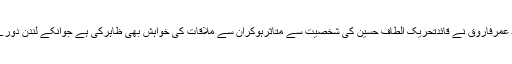
انہوں نے کہاکہ میر واعظ عمرفاروق نے قائدتحریک الطاف حسین کی شخصیت سے متاثرہوکران سے ملاقات کی خواہش بھی ظاہرکی ہے جوانکے لندن دورے پرانشاء اللہ پوری ہوگی۔